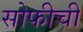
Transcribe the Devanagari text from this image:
सोफीची